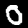
Label: 0